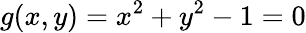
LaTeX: g(x,y)=x^{2}+y^{2}-1=0